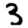
Digit: 3